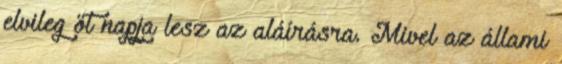
elvileg öt napja lesz az aláírásra. Mivel az állami